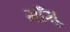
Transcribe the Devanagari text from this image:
माँसू